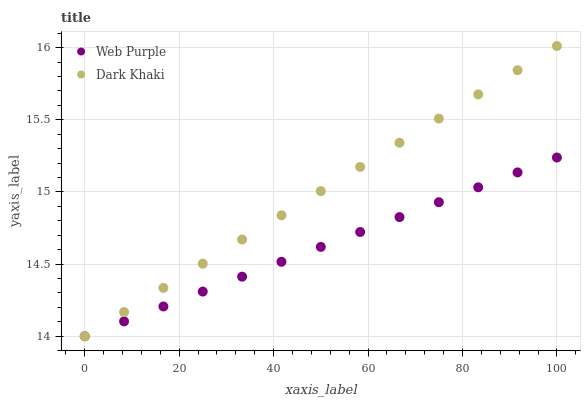
| xaxis_label | Web Purple | Dark Khaki |
 | --- | --- | --- |
 | 0 | 14 | 14 |
 | 8.33 | 14.1 | 14.2 |
 | 16.7 | 14.2 | 14.3 |
 | 25 | 14.3 | 14.5 |
 | 33.3 | 14.4 | 14.7 |
 | 41.7 | 14.5 | 14.8 |
 | 50 | 14.6 | 15 |
 | 58.3 | 14.7 | 15.2 |
 | 66.7 | 14.8 | 15.3 |
 | 75 | 14.9 | 15.5 |
 | 83.3 | 15 | 15.7 |
 | 91.7 | 15.1 | 15.8 |
 | 100 | 15.2 | 16 |